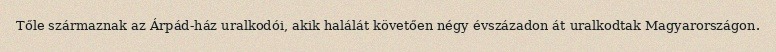
Tőle származnak az Árpád-ház uralkodói, akik halálát követően négy évszázadon át uralkodtak Magyarországon.